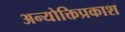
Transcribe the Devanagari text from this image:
अन्योक्तिप्रकाश